Scientific memoirs by medical officers of the Army of India - Part III,
Year: 1887
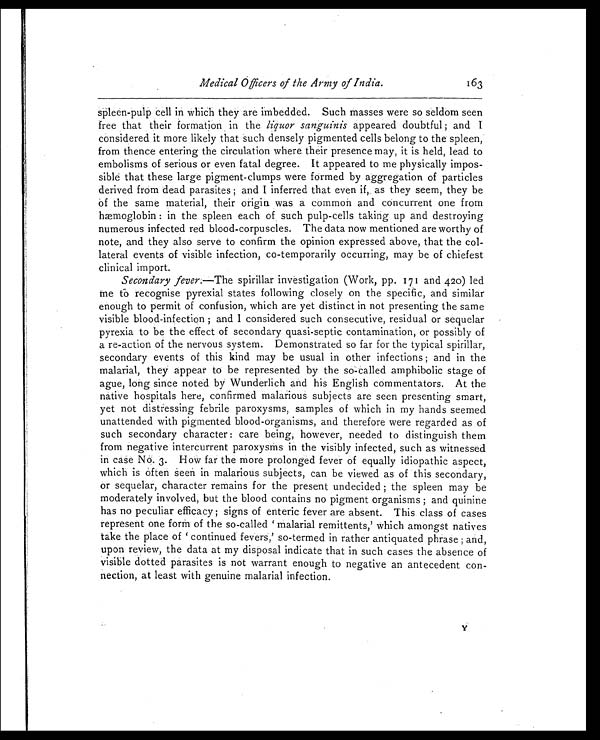
Medical Officers of the Army of India.
163
spleen-pulp cell in which they are imbedded. Such masses were so seldom seen
free that their formation in the liquor sanguinis appeared doubtful ; and I
considered it more likely that such densely pigmented cells belong to the spleen,
from thence entering the circulation where their presence may, it is held, lead to
embolisms of serious or even fatal degree. It appeared to me physically impos-
sible that these large pigment-clumps were formed by aggregation of particles
derived from dead parasites ; and I inferred that even if, as they seem, they be
of the same material, their origin was a common and concurrent one from
hæmoglobin : in the spleen each of such pulp-cells taking up and destroying
numerous infected red blood-corpuscles. The data now mentioned are worthy of
note, and they also serve to confirm the opinion expressed above, that the col-
lateral events of visible infection, co-temporarily occurring, may be of chiefest
clinical import.
Secondary fever.—The spirillar investigation (Work, pp. 171 and 420) led
m e to recognise pyrexial states following closely on the specific, and similar
enough to permit of confusion, which are yet distinct in not presenting the same
visible blood-infection ; and I considered such consecutive, residual or sequelar
pyrexia to be the effect of secondary quasi-septic contamination, or possibly of
a re-action of the nervous system. Demonstrated so far for the typical spirillar,
secondary events of this kind may be usual in other infections ; and in the
malarial, they appear to be represented by the so-called amphibolic stage of
ague, long since noted by Wunderlich and his English commentators. At the
native hospitals here, confirmed malarious subjects are seen presenting smart,
yet not distressing febrile paroxysms, samples of which in my hands seemed
unattended with pigmented blood-organisms, and therefore were regarded as of
such secondary character : care being, however, needed to distinguish them
from negative intercurrent paroxysms in the visibly infected, such as witnessed
in case No. 3. How far the more prolonged fever of equally idiopathic aspect,
which is often seen in malarious subjects, can be viewed as of this secondary,
or sequelar, character remains for the present undecided ; the spleen may be
moderately involved, but the blood contains no pigment organisms ; and quinine
has no peculiar efficacy; signs of enteric fever are absent. This class of cases
represent one form of the so-called ‘malarial remittents,’ which amongst natives
take the place of ‘continued fevers,’ so-termed in rather antiquated phrase ; and,
upon review, the data at my disposal indicate that in such cases the absence of
visible dotted parasites is not warrant enough to negative an antecedent con-
nection, at least with genuine malarial infection.